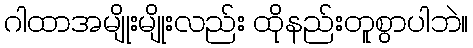
ဂါထာအမျိုးမျိုးလည်း ထိုနည်းတူစွာပါဘဲ။